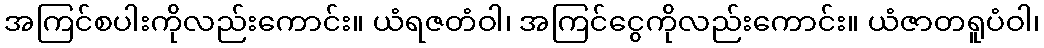
အကြင်စပါးကိုလည်းကောင်း။ ယံရဇတံဝါ၊ အကြင်ငွေကိုလည်းကောင်း။ ယံဇာတရူပံဝါ၊